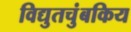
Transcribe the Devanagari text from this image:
विद्युतचुंबकिय